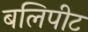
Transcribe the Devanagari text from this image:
बलिपीट